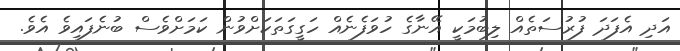
އަދި އެފަދަ ފުރުސަތެއް ލިބުމަކީ އޭނާގެ ހުވަފެނެއް ހަގީގަތަކަށްވުން ކަމަށްވެސް ބުނެފައިވެ އެވެ.